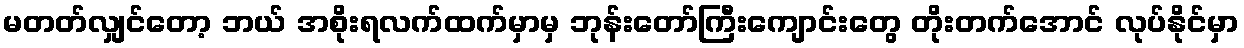
မတတ်လျှင်တော့ ဘယ် အစိုးရလက်ထက်မှာမှ ဘုန်းတော်ကြီးကျောင်းတွေ တိုးတက်အောင် လုပ်နိုင်မှာ